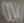
Text: 0V